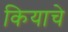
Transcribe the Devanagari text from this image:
कियाचे